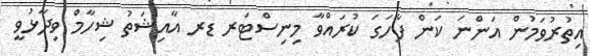
އިތުރުވަމުން އަންނަ ކަން ފާހަގަ ކުރައްވާ މިނިސްޓަރ ޑރ އާއިޝަތު ޝިހާމް ވިދާޅުވީ